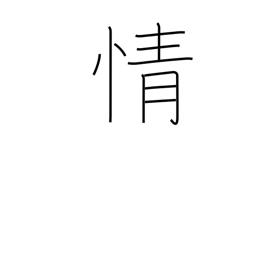
Meaning: emotion